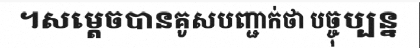
។សម្តេចបានគូសបញ្ជាក់ថា បច្ចុប្បន្ន